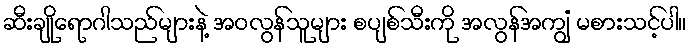
ဆီးချိုရောဂါသည်များနဲ့ အဝလွန်သူများ စပျစ်သီးကို အလွန်အကျွံ မစားသင့်ပါ။